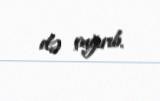
də çağırıb.